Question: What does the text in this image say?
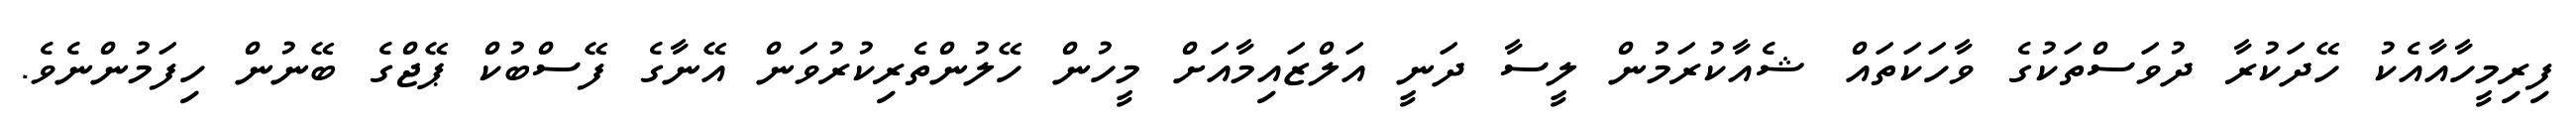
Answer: ފިރިމީހާއާއެކު ހޭދަކުރާ ދުވަސްތަކުގެ ވާހަކަތައް ޝެއާކުރަމުން ލީސާ ދަނީ އަލްޒައިމާއަށް މީހުން ހޭލުންތެރިކުރުވަން އޭނާގެ ފޭސްބުކް ޕޭޖްގެ ބޭނުން ހިފަމުންނެވެ.